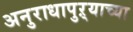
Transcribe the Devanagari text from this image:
अनुराधापुऱ्याच्या